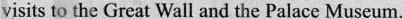
visits to the Great Wall and the Palace Museum.